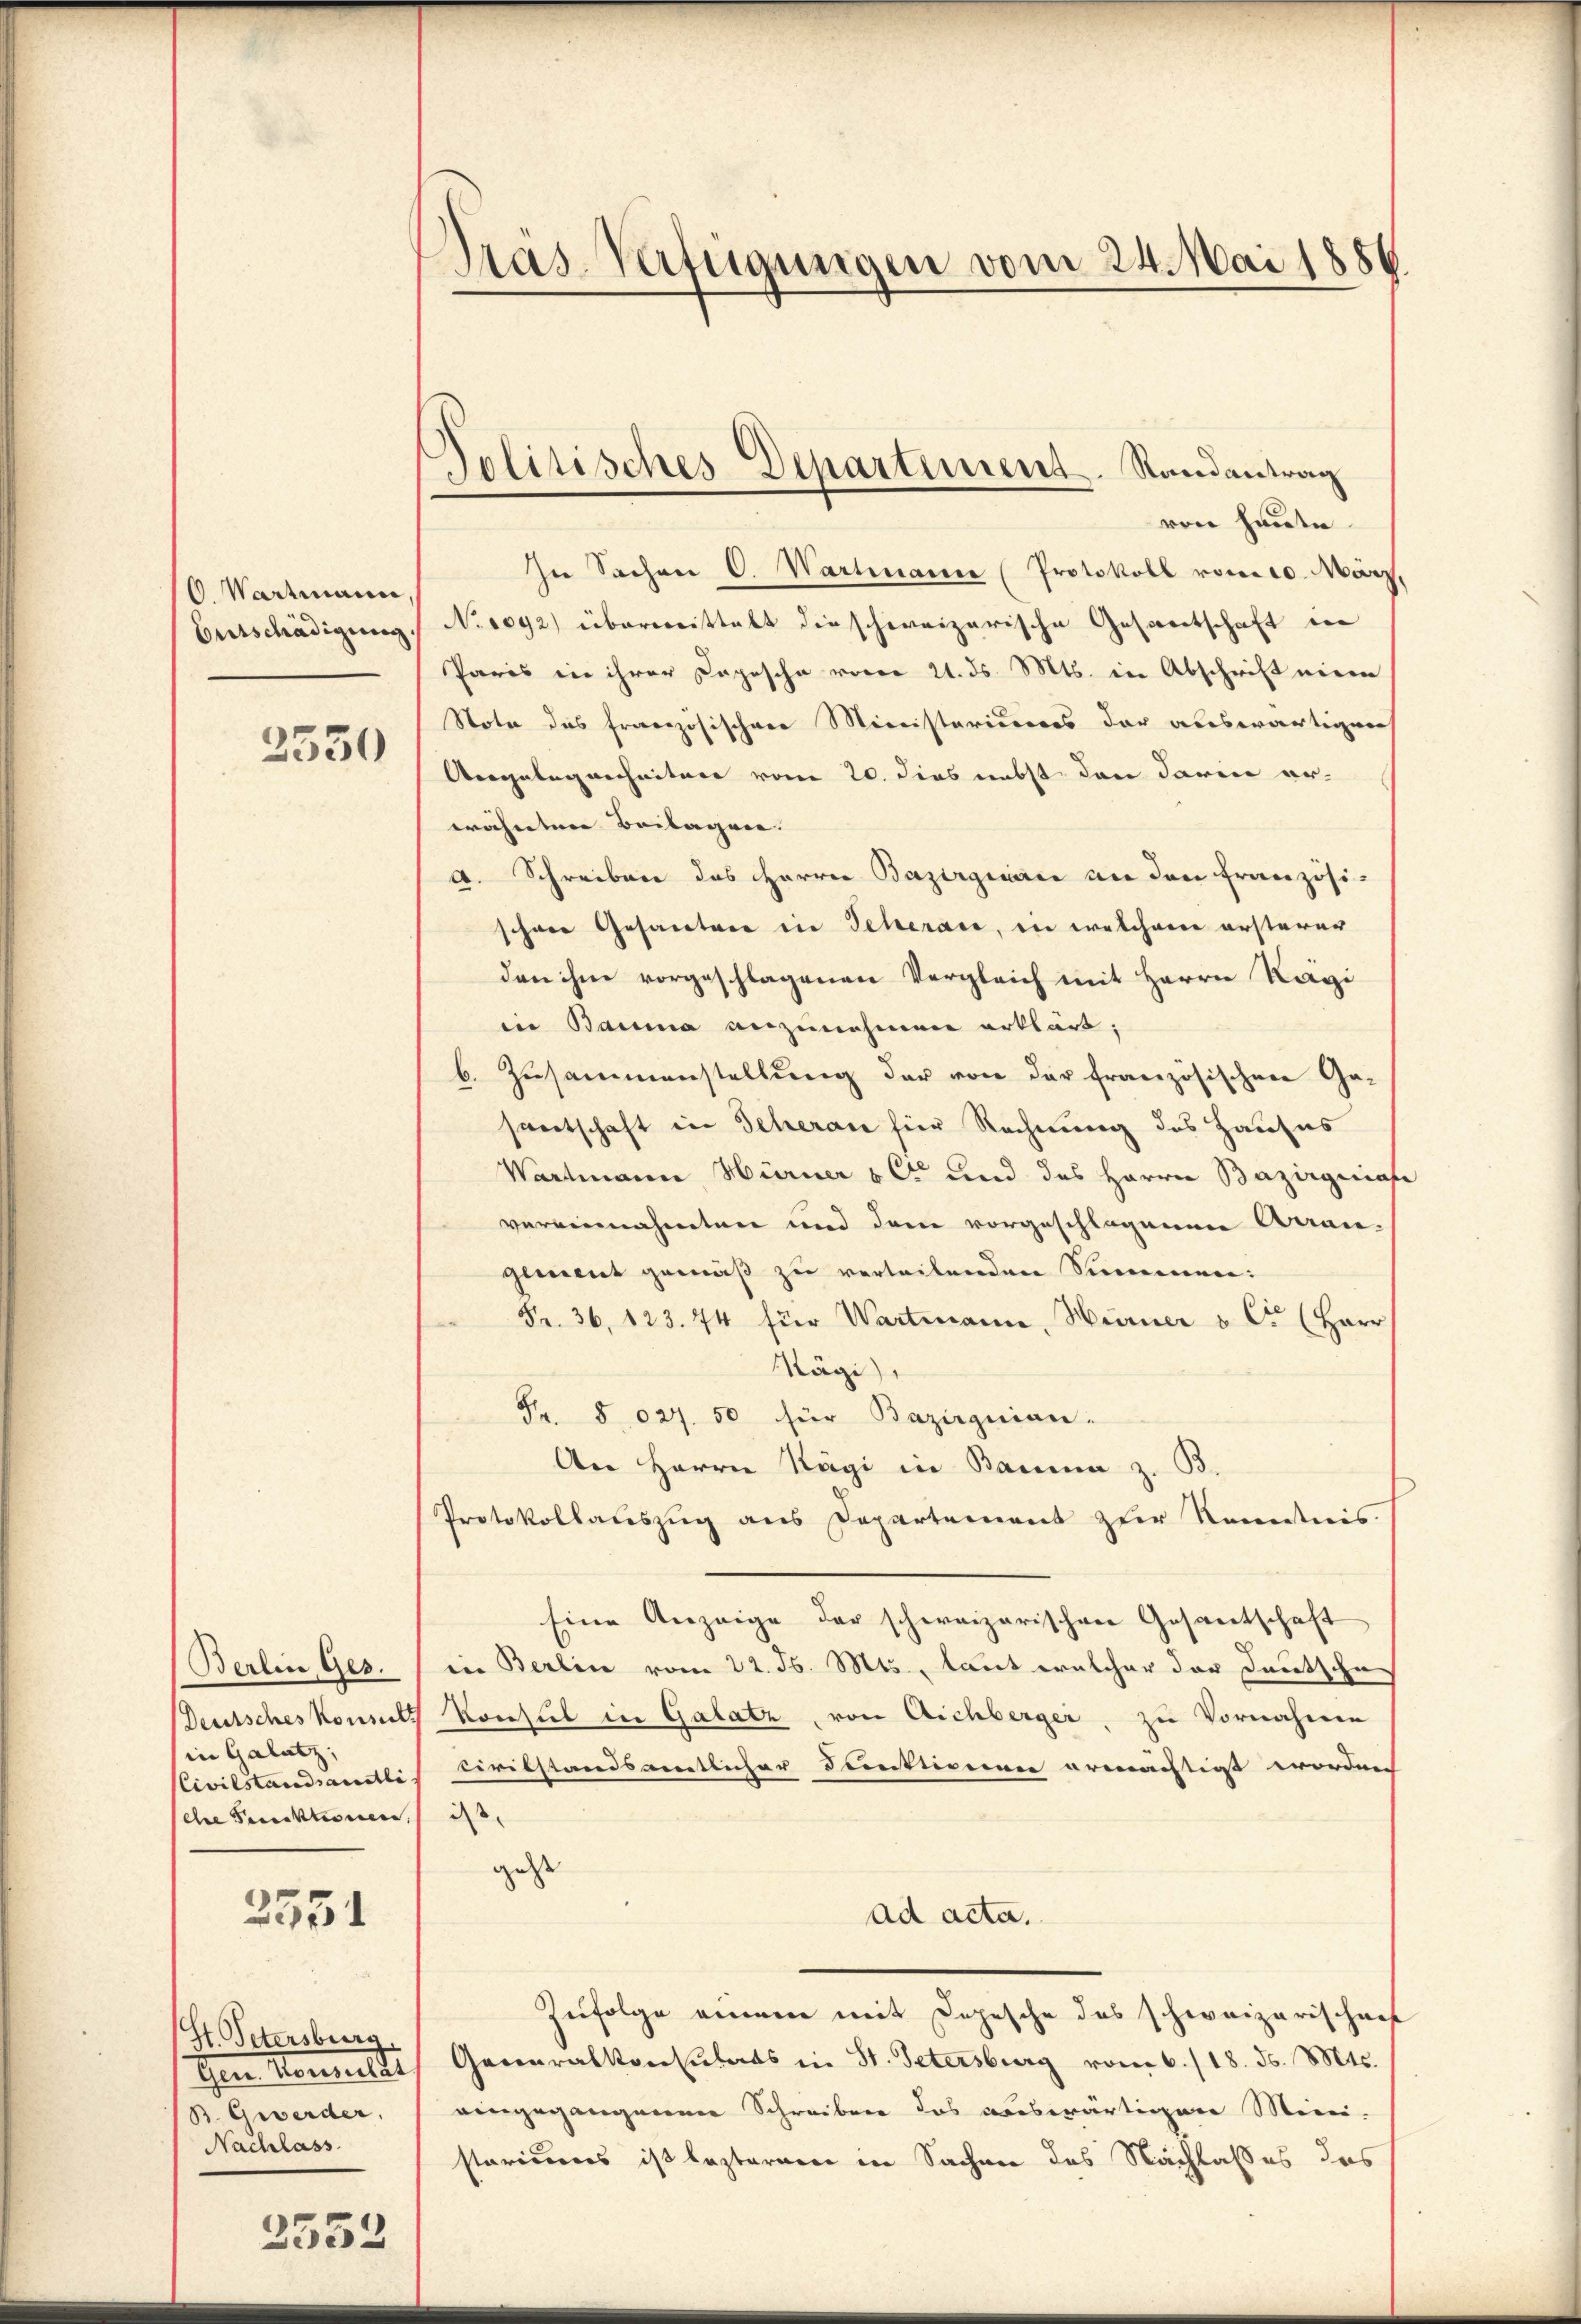
C. Wartmann.
Betschädigung

3550

Berlin Ges.
Deutsches Konsult
in Galatz,
Civilstandsamtli
ehre Terektionen.

2551

St. Petersburg.
Gen. Konsulat
B. Gewerder,
Nachlass

2553

Präs. Verfügungen vom 24. Mai 1886.

Politisches Departement. Randantrag

von heute.
In Sachen C. Wartmann (Protokoll vom 10. März,
No 1092) überweistalt die schweizerische Gesantschaft in
Paris in ihrer Copische vorer 21. ds. Mts. in Abschrift einer
Stota das französischen Ministeriums der auswärtigens
Angelegenheitere vom 20. dies nebst den darin er-
wähnten Beilagen.
A. Schreiben des HHerrn Bazirginie an den Französischöne Gesantere in Scherau, in welchem ersterer
den ihne vorgeschlagenen Vergleich mit Herrn Kägi
in Bauma anzunehmen erklärt:
b. Zusammenstellung der von der französischen Ge-
santschaft in Scheran für Rechnung des Hauses
Wartmann Hürner & C. und das Herrn Bazirgerrafe
vereinnahmten und dem vorgeschlagenen Arran-
genient gemäß zu verteilenden Summen:
Fr. 36, 123. 74 für Wartmann, Hurner v Ct (Herr
Kägi,
Fr. 8027. 50 für Bazirguian-
Aer Herrn Kägi in Bauma z. B.
Protokollauszug aus Departement zur Kenntnis
Eine Anzeige der schweizerischen Gesantschaft
in Berlin vom 22. Js. Mts., laut welcher der Deutsche
Konseil in Galatz, von Aichberger, zu Vornahme
civilstandsamtlicher Sentionen ermächtigt worden |
ist.
geste
ad acta.
Zufolge einem mit Depesche des schweizerischaf
Generalkonsulats in St. Petersburg vom 6./18. ds. Mts.
eingegangenen Schreiben das auswärtigen Mini-
stariums ist lezteren in Sachen des Nachlaßes das